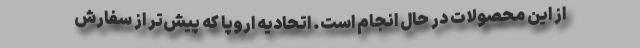
از این محصولات در حال انجام است. اتحادیه اروپا که پیش‌تر از سفارش